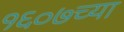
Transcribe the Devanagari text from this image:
१६०७च्या